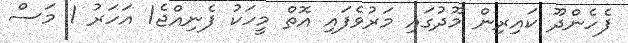
ފެހެންދޫ ކައިރިން މޫދުގައި މަރުވެފައި އޮތް މީހަކު ފެނިއްޖެ1 އަހަރު 1 މަސް